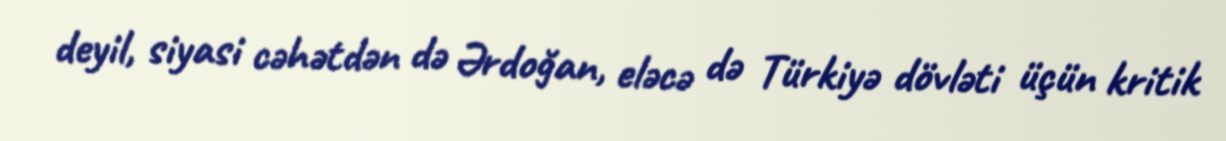
deyil, siyasi cəhətdən də Ərdoğan, eləcə də Türkiyə dövləti üçün kritik